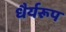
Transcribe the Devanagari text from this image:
धैर्यरूप